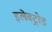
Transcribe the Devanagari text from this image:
इलेवट्रोड